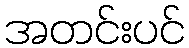
အတင်းပင်